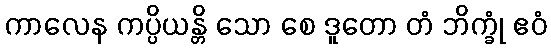
ကာလေန ကပ္ပိယန္တိ သော စေ ဒူတော တံ ဘိက္ခုံ ဧဝံ